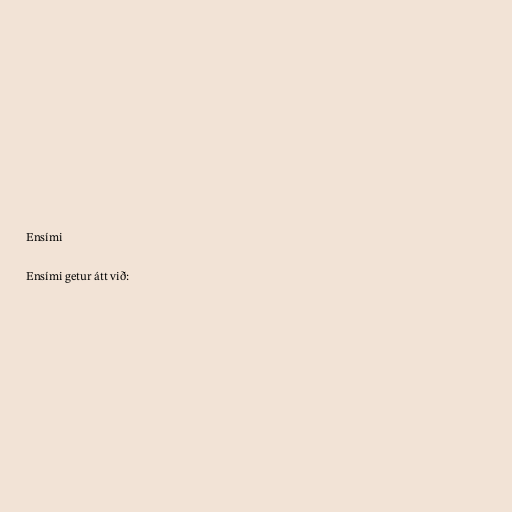
Ensími

Ensími getur átt við: